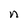
Character: n